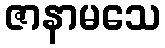
ဇာနာမသေ